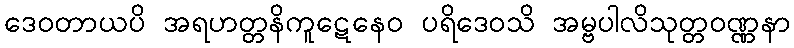
ဒေဝတာယပိ အရဟတ္တနိကူဋေနေဝ ပရိဒေဝသိ အမ္ဗပါလိသုတ္တဝဏ္ဏနာ